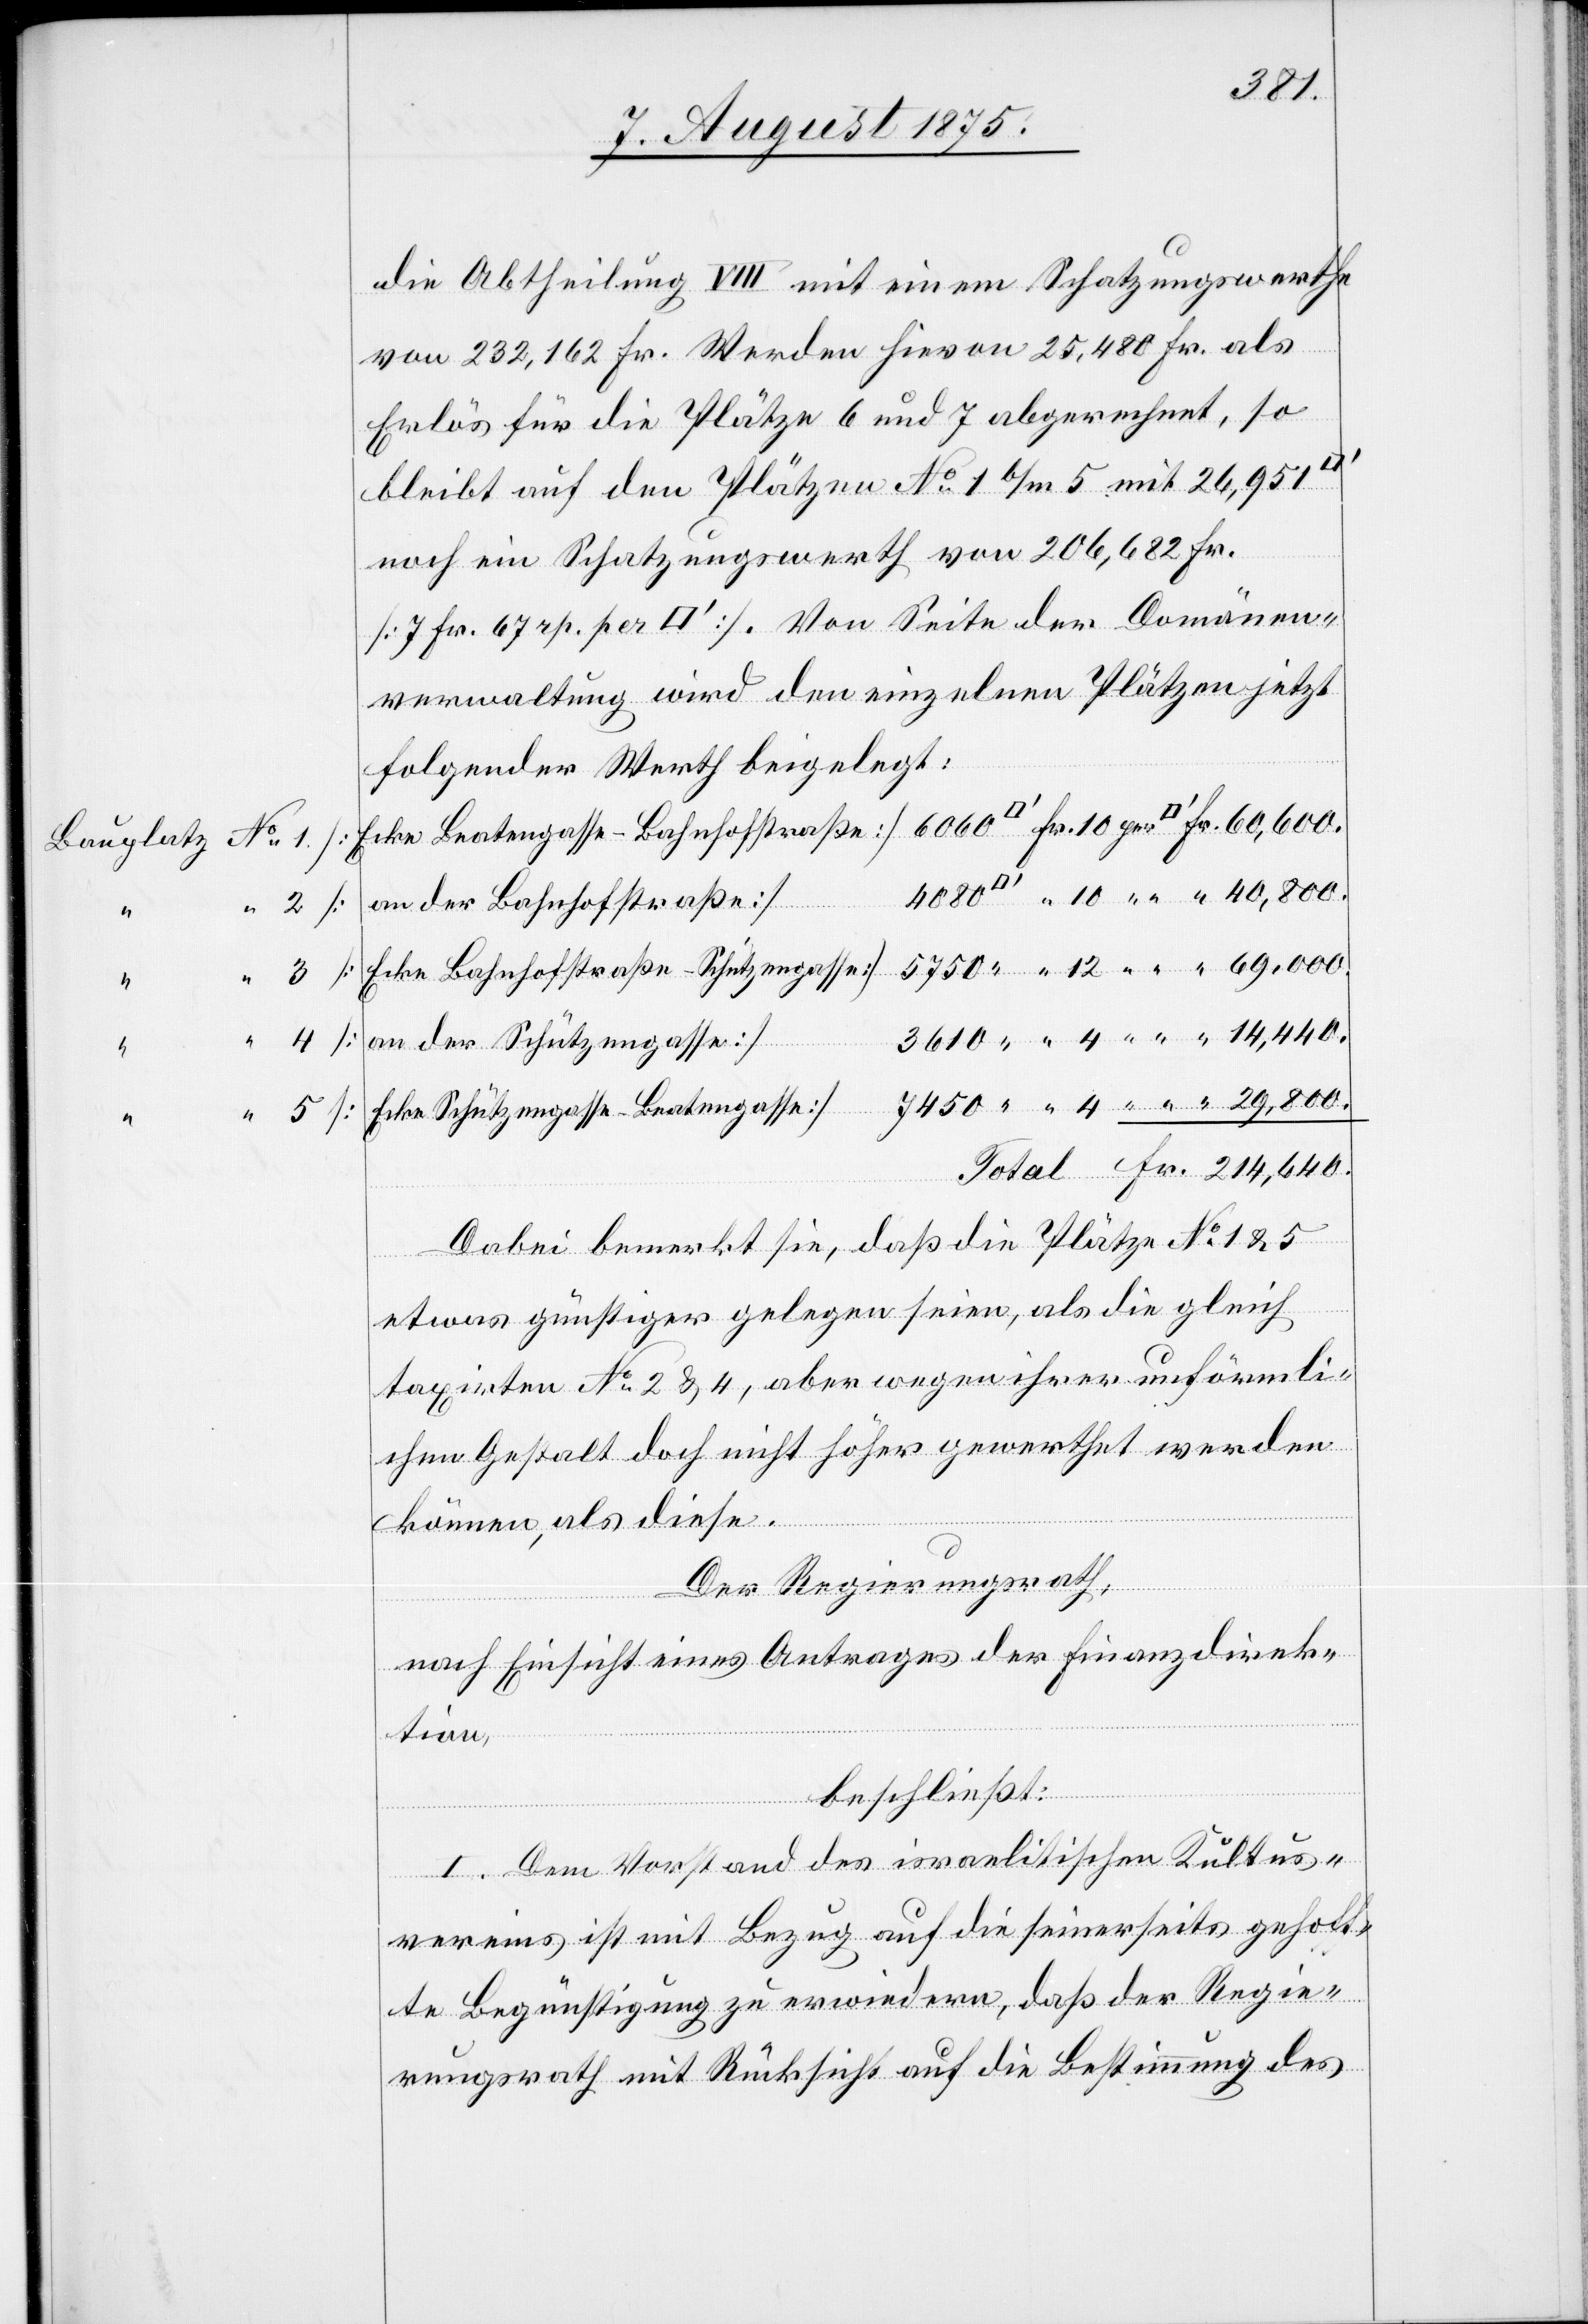
12
4
4
“

Fr.
die Abtheilung VIII mit einem Schatzungswerthe
von 232,162 Fr. Werden hievon 25,480 Fr. als
Erlös für die Plätze 6 und 7 abgerechnet, so
bleibt auf den Plätzen No 1 b/m 5 mit 26,951
noch ein Schatzungswerth von 206,682 Fr.
verwaltung wird den einzelnen Plätzen jetzt
folgender Werth beigelegt:
Fr.
[an der Bahnhofstraße]
[an der Schützengasse]
[Ecke Schützengasse–Beatengasse]
Dabei bemerkt sie, daß die Plätze No 1 & 5
etwas günstiger gelegen seien, als die gleich
taxirten No 2 & 4, aber wegen ihrer unförmli¬
chen Gestalt doch nicht höher gewerthet werden
können, als diese.
Der Regierungsrath,
nach Einsicht eines Antrages der Finanzdirek¬
tion,
beschließt:
I. Dem Vorstand des israelitischen Kultus¬
vereins ist mit Bezug auf die seinerseits gehoff¬
te Begünstigung zu erwiedern, daß der Regie¬
rungsrath mit Rücksicht auf die Bestimmung des